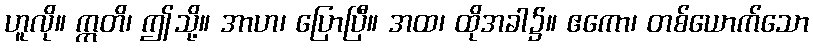
ဟူလို။ ဣတိ၊ ဤသို့။ အာဟ၊ ပြောပြီ။ အထ၊ ထိုအခါ၌။ ဧကော၊ တစ်ယောက်သော